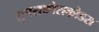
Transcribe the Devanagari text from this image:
सुपराकोराकोडस